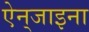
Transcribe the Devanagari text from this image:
ऐन्‌जाइना